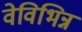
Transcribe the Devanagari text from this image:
वेविभिन्न